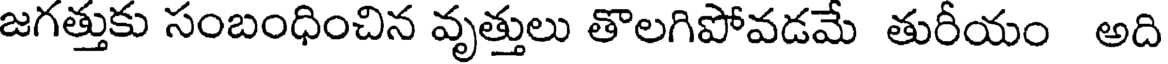
జగత్తుకు సంబంధించిన వృత్తులు తొలగిపోవడమే తురీయం అది